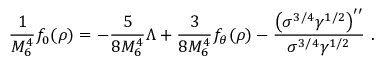
\frac { 1 } { M _ { 6 } ^ { 4 } } f _ { 0 } ( \rho ) = - \frac { 5 } { 8 M _ { 6 } ^ { 4 } } { \Lambda } + \frac { 3 } { 8 M _ { 6 } ^ { 4 } } f _ { \theta } ( \rho ) - \frac { { \left( \sigma ^ { 3 / 4 } \gamma ^ { 1 / 2 } \right) } ^ { \prime \prime } } { \sigma ^ { 3 / 4 } \gamma ^ { 1 / 2 } } \ .